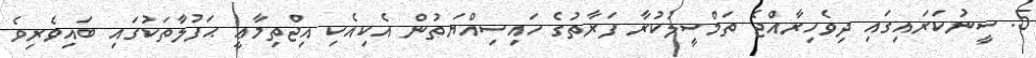
5. ސީނުކަރައިގައި ދިވެހިރާއްޖެ ތަމްސީލުކުރާ ފަރާތުގެ ހައިސިއްޔަތުން އެކިއެކި އިޖްތިމާޢީ ޙަފުލާތަކުގައި ބައިވެރިވެ